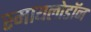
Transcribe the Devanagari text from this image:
स्मायलोडॉन